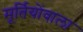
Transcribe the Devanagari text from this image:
मूर्तियोंवाला